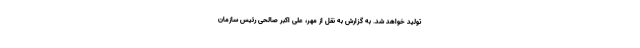
تولید خواهد شد. به گزارش به نقل از مهر، علی اکبر صالحی رئیس سازمان